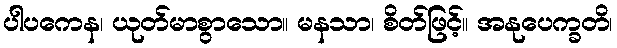
ပါပကေန၊ ယုတ်မာစွာသော။ မနသာ၊ စိတ်ဖြင့်။ အနုပေက္ခတိ၊